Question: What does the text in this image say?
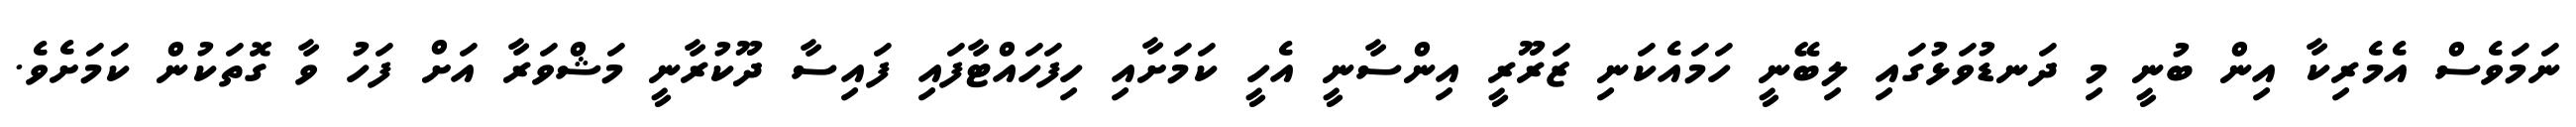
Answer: ނަމަވެސް އެމެރިކާ އިން ބުނީ މި ދަނޑުވަޅުގައި ލިބޭނީ ހަމައެކަނި ޒަރޫރީ އިންސާނީ އެހީ ކަމަށާއި ހިފަހައްޓާފައި ފައިސާ ދޫކުރާނީ މަޝްވަރާ އަށް ފަހު ވާ ގޮތަކުން ކަމަށެވެ.